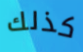
كذلك